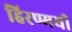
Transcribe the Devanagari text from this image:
हिरण्मयी